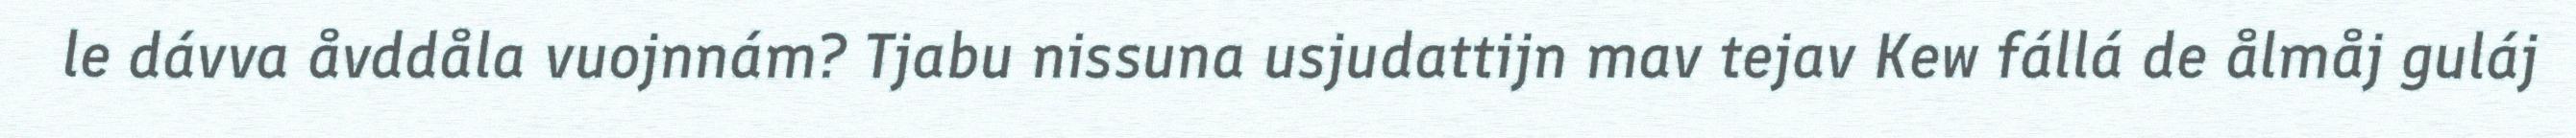
le dávva åvddåla vuojnnám? Tjabu nissuna usjudattijn mav tejav Kew fállá de ålmåj guláj